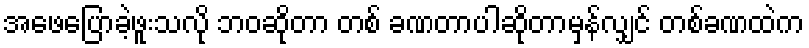
အဖေပြောခဲ့ဖူးသလို ဘဝဆိုတာ တစ် ခဏတာပါဆိုတာမှန်လျှင် တစ်ခဏထဲက